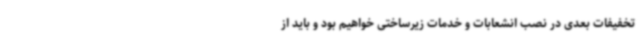
تخفیفات بعدی در نصب انشعابات و خدمات زیرساختی خواهیم بود و باید از